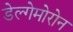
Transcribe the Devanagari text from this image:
डेल्गेमोरोन